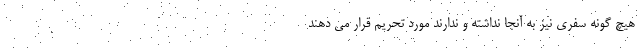
هیچ گونه سفری نیز به آنجا نداشته و ندارند مورد تحریم قرار می دهند